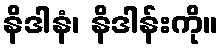
နိဒါနံ၊ နိဒါန်းကို။